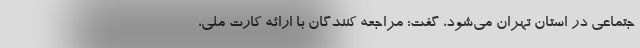
جتماعی در استان تهران می‌شود، گفت: مراجعه کنندگان با ارائه کارت ملی،